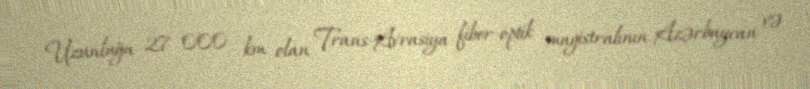
Uzunluğu 27 000 km olan Trans-Avrasiya fiber-optik magistralının Azərbaycan və